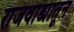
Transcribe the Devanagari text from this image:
राजवाड्यातून